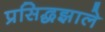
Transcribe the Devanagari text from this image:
प्रसिद्धझाले